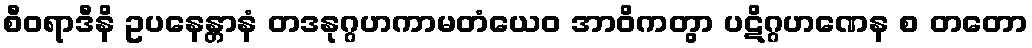
စီဝရာဒီနိ ဥပနေန္တာနံ တဒနုဂ္ဂဟကာမတံယေဝ အာဝိကတွာ ပဋိဂ္ဂဟဏေန စ တတော